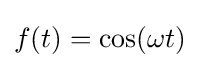
f(t)=\cos(\omega t)